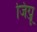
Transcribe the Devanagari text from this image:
जिंग्जू